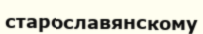
старославянскому